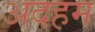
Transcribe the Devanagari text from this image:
अदहम